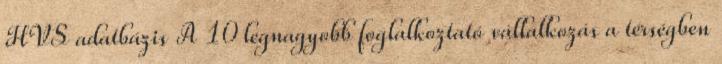
HVS adatbázis A 10 legnagyobb foglalkoztató vállalkozás a térségben